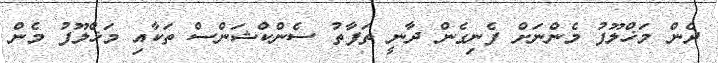
ދެން މަޚްލޫފު މެންނަށް ފެނިގެން ދާނީ ތަފާތު ސެންކްޝަންސް ތަކާއި މަޚްލޫފު މެން